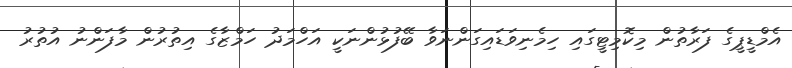
އެމްޑީޕީގެ ފަރާތުން މިކޮމިޓީގައި ހިމެނިވަޑައިގަންނަވާ ބޭފުޅުންނަކީ އަހްމަދު ހަމްޒާގެ އިތުރުން މާފަންނު އުތުރު